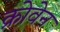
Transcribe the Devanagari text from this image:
क्रोवेन